Annual report of the Madras Medical College
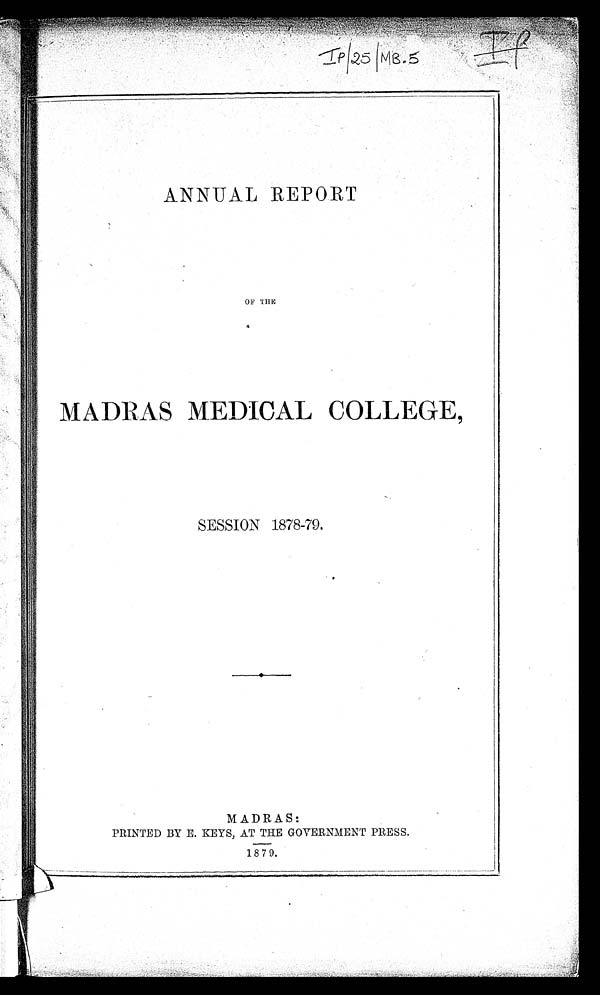
ANNUAL REPORT
OF THE
MADRAS MEDICAL COLLEGE,
SESSION 1878-79.
MADRAS:
PRINTED BY E. KEYS, AT THE GOVERNMENT PRESS.
1879.